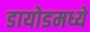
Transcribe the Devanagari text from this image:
डायोडमध्ये